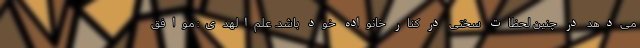
می‌دهد در چنین لحظات سختی در کنار خانواده خود باشد. علم‌الهدی: موافق